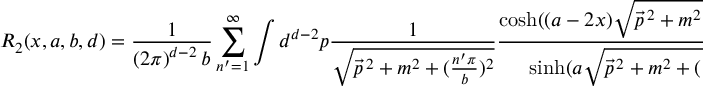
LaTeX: R _ { 2 } ( x , a , b , d ) = \frac { 1 } { \left( 2 \pi \right) ^ { d - 2 } b } \sum _ { n ^ { \prime } = 1 } ^ { \infty } \int d ^ { d - 2 } p \frac { 1 } { \sqrt { \vec { p } ^ { \, 2 } + m ^ { 2 } + ( \frac { n ^ { \prime } \pi } { b } ) ^ { 2 } } } \frac { \cosh ( ( a - 2 x ) \sqrt { \vec { p } ^ { \, 2 } + m ^ { 2 } + ( \frac { n ^ { \prime } \pi } { b } ) ^ { 2 } } ) } { \sinh ( a \sqrt { \vec { p } ^ { \, 2 } + m ^ { 2 } + ( \frac { n ^ { \prime } \pi } { b } ) ^ { 2 } } ) } .